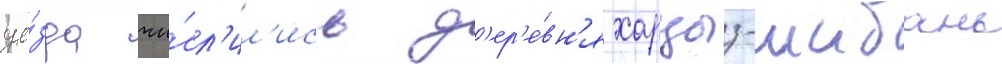
уе́зда чи́сл'ил'ись д'ер'е́вн'я харцыз-шибань